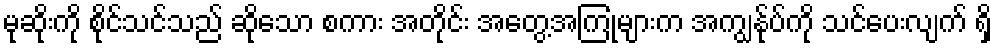
မုဆိုးကို စိုင်သင်သည် ဆိုသော စကား အတိုင်း အတွေ့အကြုံများက အကျွန်ုပ်ကို သင်ပေးလျက် ရှိ